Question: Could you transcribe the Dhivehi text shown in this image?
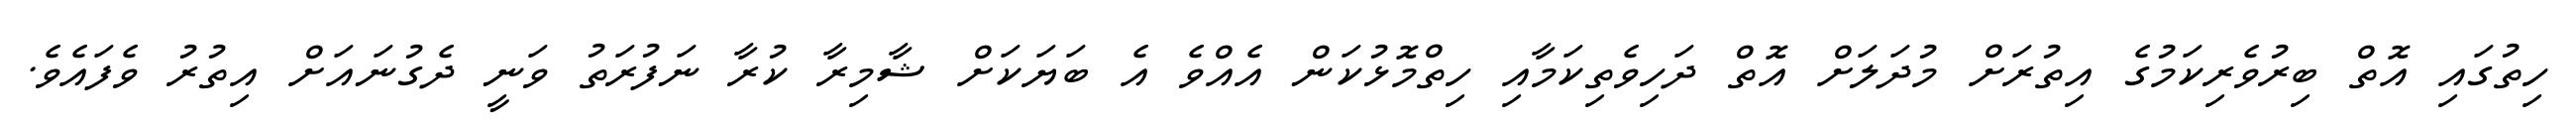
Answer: ހިތުގައި އޮތް ބިރުވެރިކަމުގެ އިތުރަށް މުދަލަށް އޮތް ދަހިވެތިކަމާއި ހިތްމޮޅުކަން އެއްވެ އެ ބަޔަކަށް ޝާމިރާ ކުރާ ނަފުރަތު ވަނީ ދެގުނައަށް އިތުރު ވެފައެވެ.